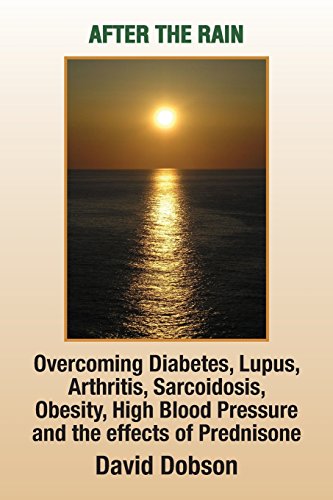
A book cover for After the Rain: Overcoming Diabetes Lupus Arthritis Sarcoidosis Obesity High Blood Pressure and the Effects of Prednisone; David Dobson; Health, Fitness & Dieting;